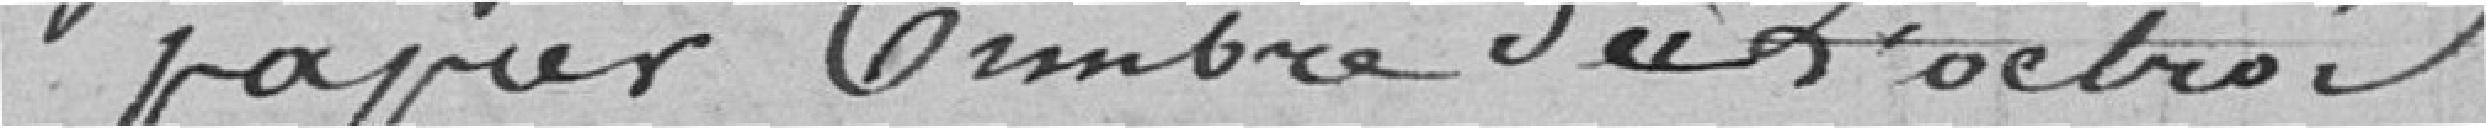
papier timbré de l'octroi